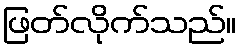
ဖြတ်လိုက်သည်။